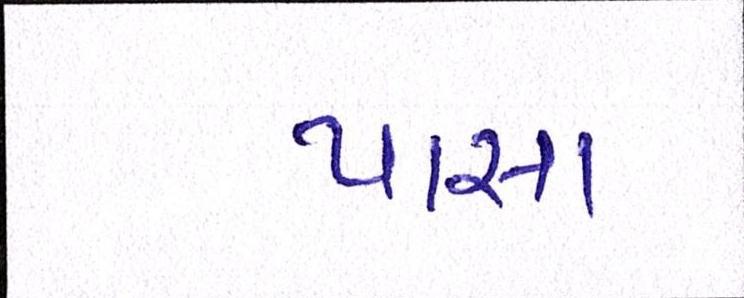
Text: પાસા